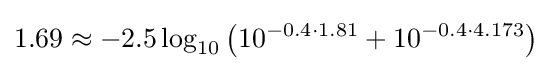
1.69\approx -2.5\log _{10}\left(10^{-0.4\cdot 1.81}+10^{-0.4\cdot 4.173}\right)